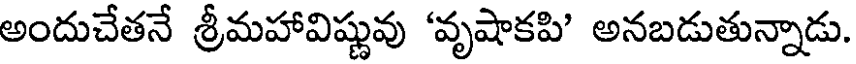
అందుచేతనే శ్రీమహావిష్ణువు 'వృషాకపి' అనబడుతున్నాడు.